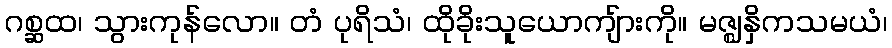
ဂစ္ဆထ၊ သွားကုန်လော။ တံ ပုရိသံ၊ ထိုခိုးသူယောကျ်ားကို။ မဇ္ဈနှိကသမယံ၊